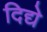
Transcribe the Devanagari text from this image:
दिद्ये